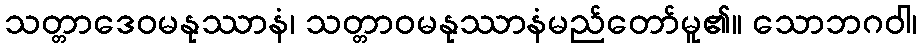
သတ္တာဒေဝမနုဿာနံ၊ သတ္တာဝမနုဿာနံမည်တော်မူ၏။ သောဘဂဝါ၊